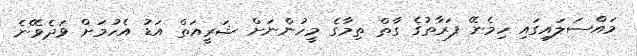
މައްސަލައިގައި ހިމެނޭ ފަރާތުގެ ގާތް ތިމާގެ މީހުންނަށް ޝަރީއަތް އަޑު އެހުމަށް ވަދެވޭނެ